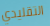
التقليدي